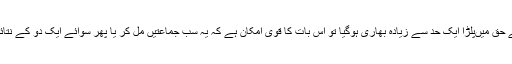
اگر ان جماعتوں کو حسب توقع نتائج نہ ملے اور پی ٹی آئی کے حق میںپلڑا ایک حد سے زیادہ بھاری ہوگیا تو اس بات کا قوی امکان ہے کہ یہ سب جماعتیں مل کر یا پھر سوائے ایک دو کے نتائج تسلیم کرنے سے انکار کرتے ہوئے احتجاج کا راستہ اپنالیں۔